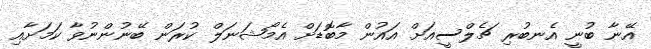
އޭނާ ބުނީ އެނބުރި ޗެލްސީއަށް އައުން މާބޮޑަށް އެމޯޝަނަލް ކުރަން ބޭނުންނުވާ ކަމަށާއި